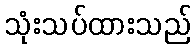
သုံးသပ်ထားသည်